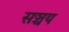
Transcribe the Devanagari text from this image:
सञ्चय